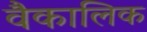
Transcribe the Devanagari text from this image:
वैकालिक